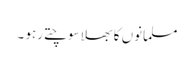
مسلمانوں کا بھلا سوچتے رہو ۔